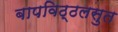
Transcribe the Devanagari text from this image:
बापविठ्ठलसुत